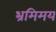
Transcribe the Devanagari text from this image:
भ्रमिमय